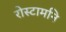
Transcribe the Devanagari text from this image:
रोस्टामनि